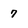
Character: 7